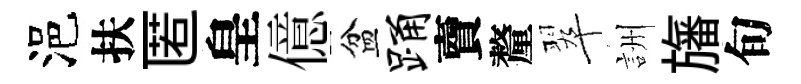
浥扶匿皇億盆踊𧶠釐翠詶旛旬